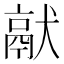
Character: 𤡎